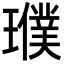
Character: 𤪟